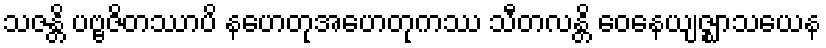
သဇန္တိ ပဗ္ဗဇိတဿာပိ နဟေတုအဟေတုကဿ သီတလန္တိ ဝေနေယျဇ္ဈာသယေန